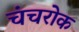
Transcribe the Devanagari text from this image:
चंचरोक